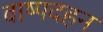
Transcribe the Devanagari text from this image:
वाष्पदहन